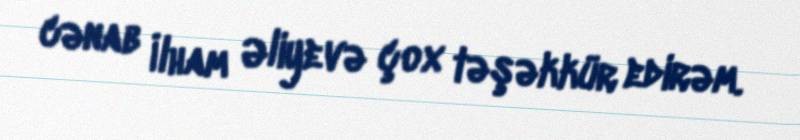
cənab İlham Əliyevə çox təşəkkür edirəm.